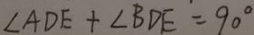
\angle A D E + \angle B D E = 9 0 ^ { \circ }